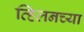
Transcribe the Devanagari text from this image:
व्हिलनच्या